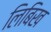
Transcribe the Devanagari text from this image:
लिबिख